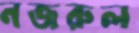
নজরুল